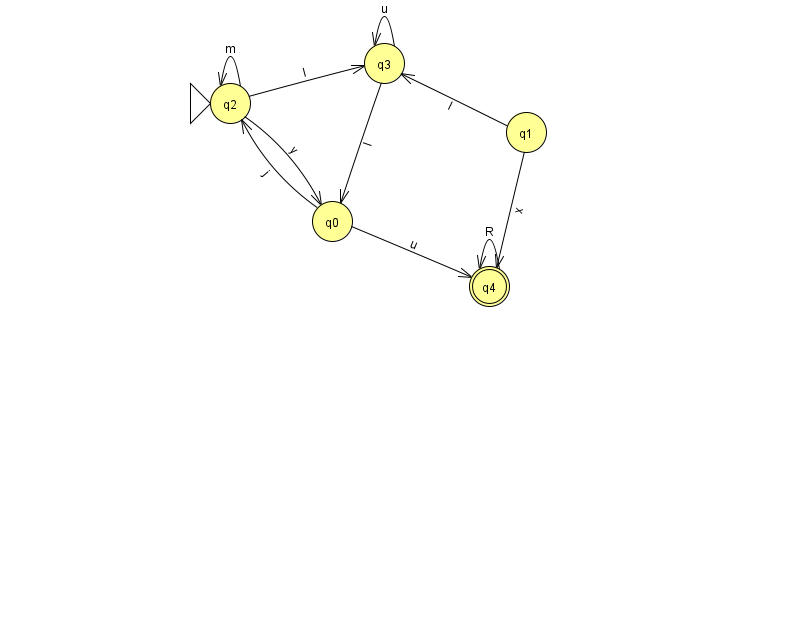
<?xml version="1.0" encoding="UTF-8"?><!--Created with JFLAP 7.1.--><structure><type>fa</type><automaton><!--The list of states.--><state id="0" name="q0"><x>332.0</x><y>208.0</y></state><state id="1" name="q1"><x>526.0</x><y>119.0</y></state><state id="2" name="q2"><x>230.0</x><y>90.0</y><initial/></state><state id="3" name="q3"><x>384.0</x><y>50.0</y></state><state id="4" name="q4"><x>489.0</x><y>273.0</y><final/></state><!--The list of transitions.--><transition><from>0</from><to>4</to><read>u</read></transition><transition><from>1</from><to>4</to><read>x</read></transition><transition><from>4</from><to>4</to><read>R</read></transition><transition><from>1</from><to>3</to><read>I</read></transition><transition><from>3</from><to>3</to><read>u</read></transition><transition><from>2</from><to>0</to><read>y</read></transition><transition><from>0</from><to>2</to><read>j</read></transition><transition><from>2</from><to>2</to><read>m</read></transition><transition><from>2</from><to>3</to><read>I</read></transition><transition><from>3</from><to>0</to><read>I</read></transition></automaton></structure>